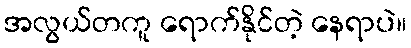
အလွယ်တကူ ရောက်နိုင်တဲ့ နေရာပဲ။